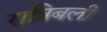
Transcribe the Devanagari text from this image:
रात्रिबली